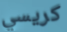
كريسي